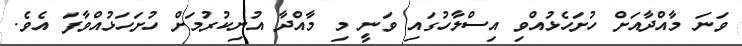
ވަނަ މާއްދާއަށް ހުށަހެޅުއްވި އިސްލާހުގައި ވަނީ މި މާއްދާ އުނިކުރުމަށް ހުށަހަޅުއްވާފަ އެވެ.